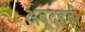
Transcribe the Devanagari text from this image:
अबूदहबी